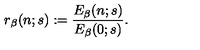
r _ { \beta } ( n ; s ) : = { \frac { E _ { \beta } ( n ; s ) } { E _ { \beta } ( 0 ; s ) } } .